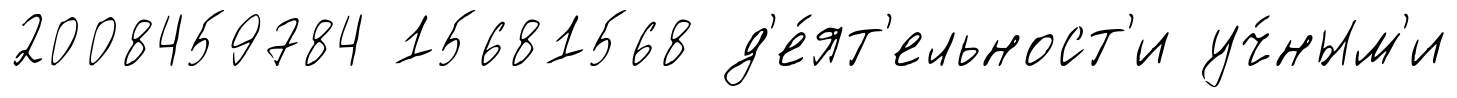
2008459784 15681568 д'е́ят'ельност'и уч́ным'и